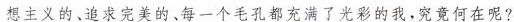
想主义的、追求完美的、每一个毛孔都充满了光彩的我，究竟何在呢?